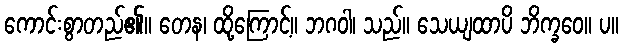
ကောင်းစွာတည်၏။ တေန၊ ထို့ကြောင့်။ ဘဂဝါ၊ သည်။ သေယျထာပိ ဘိက္ခဝေ။ ပ။